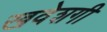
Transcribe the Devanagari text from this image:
खवेशगी